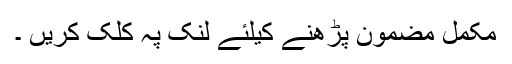
مکمل مضمون پڑھنے کیلئے لنک پہ کلک کریں ۔